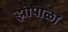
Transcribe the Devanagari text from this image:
झोपाळा